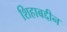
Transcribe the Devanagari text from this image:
शिहाबद्दीन